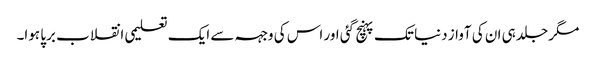
مگر جلد ہی ان کی آواز دنیا تک پہنچ گئی اور اس کی وجہہ سے ایک تعلیمی انقلاب برپا ہوا۔